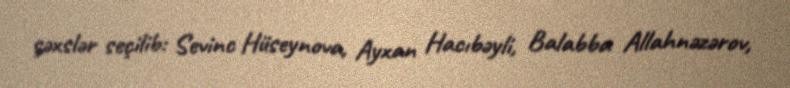
şəxslər seçilib: Sevinc Hüseynova, Ayxan Hacıbəyli, Balabba Allahnəzərov,